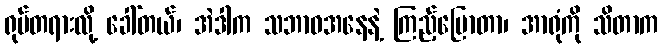
ရုပ်တရားလို့ ခေါ်တယ်၊ အဲဒါက သဘာဝအနေနဲ့ ကြည့်ပြောတာ၊ အာရုံကို သိတာက